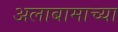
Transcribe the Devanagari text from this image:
अलाबामाच्या